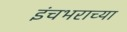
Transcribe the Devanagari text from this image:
इंचभराच्या